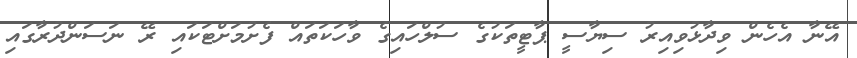
އޭނާ އެހެން ވިދާޅުވިއިރު ސިޔާސީ ޕާޓީތަކުގެ ސުލްހައިގެ ވާހަކަތައް ފެށުމަށްޓަކައި ރޭ ނަސަންދުރާގައި